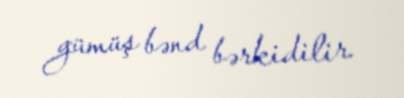
gümüş bənd bərkidilir.